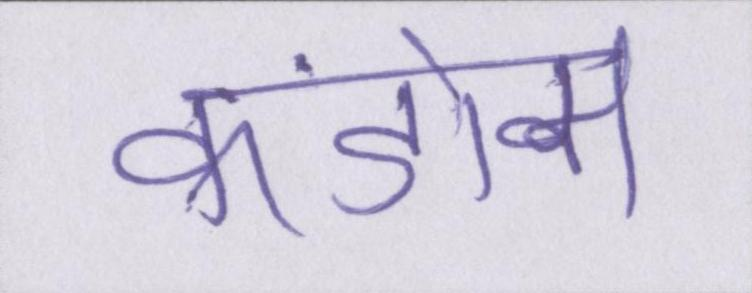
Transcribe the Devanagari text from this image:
कंडोम